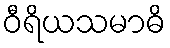
ဝီရိယသမာဓိ